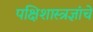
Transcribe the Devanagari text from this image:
पक्षिशास्त्रज्ञांचे